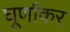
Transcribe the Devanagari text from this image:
घूर्णाकर